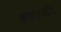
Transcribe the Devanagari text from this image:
जगतस्‍वामि